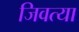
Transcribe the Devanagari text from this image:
जिवत्या